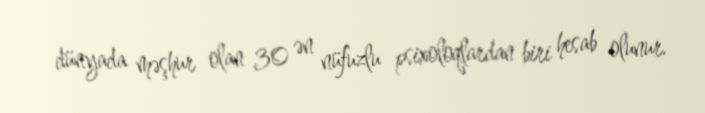
dünyada məşhur olan 30 ən nüfuzlu psixoloqlardan biri hesab olunur.